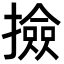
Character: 撿